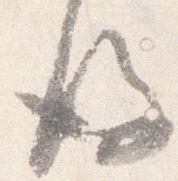
後